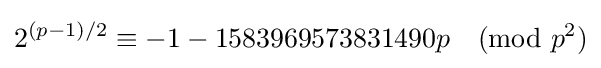
2^{(p-1)/2}\equiv -1-1583969573831490p{\pmod {p^{2}}}